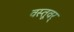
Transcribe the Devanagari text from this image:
वस्तूवर्